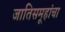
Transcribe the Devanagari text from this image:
जातिसमूहांचा